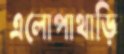
এলোপাথাড়ি